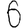
Digit: 6